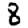
Digit: 8